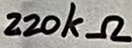
Text: 220kΩ